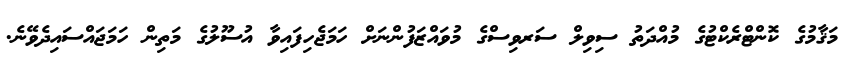
މަޤާމުގެ ކޮންޓްރެކްޓުގެ މުއްދަތު ސިވިލް ސަރވިސްގެ މުވައްޒަފުންނަށް ހަމަޖެހިފައިވާ އުސޫލުގެ މަތިން ހަމަޖައްސައިދެވޭނެ.